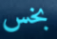
بخس